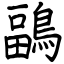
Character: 鶝